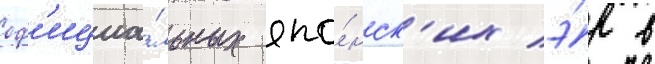
оф'ициа́льных япо́нск'их э́р в